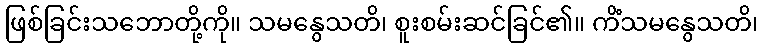
ဖြစ်ခြင်းသဘောတို့ကို။ သမနွေသတိ၊ စူးစမ်းဆင်ခြင်၏။ ကိံသမနွေသတိ၊